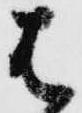
は